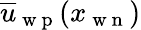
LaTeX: \overline{{u}}_{\mathrm{~w~p~}}(x_{\mathrm{~w~n~}})